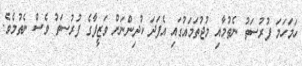
ހަމަހަމަ ފުރުސަތު ނެތުމާއި މުުޖުތަމައުގައި އެފަދަ ކުދިންނަށް ވަޒީފާގެ ފުރުސަތު ވެސް ނެތުމެވެ.